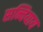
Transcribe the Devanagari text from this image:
सन्चियाय